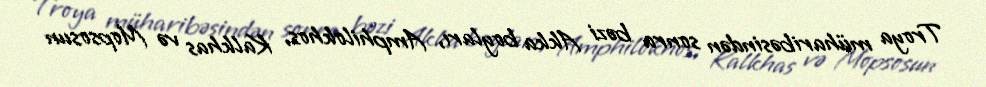
Troya müharibəsindən sonra bəzi Akka boyları, Amphilokhos, Kalkhas və Mopsosun